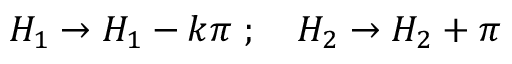
H _ { 1 } \rightarrow H _ { 1 } - k \pi ~ ; ~ ~ ~ H _ { 2 } \rightarrow H _ { 2 } + \pi